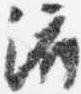
済